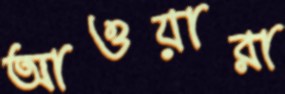
আওয়ারা